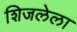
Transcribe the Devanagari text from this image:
शिजलेला